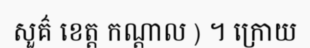
សួគ៌ ខេត្ត កណ្តាល ) ។ ក្រោយ